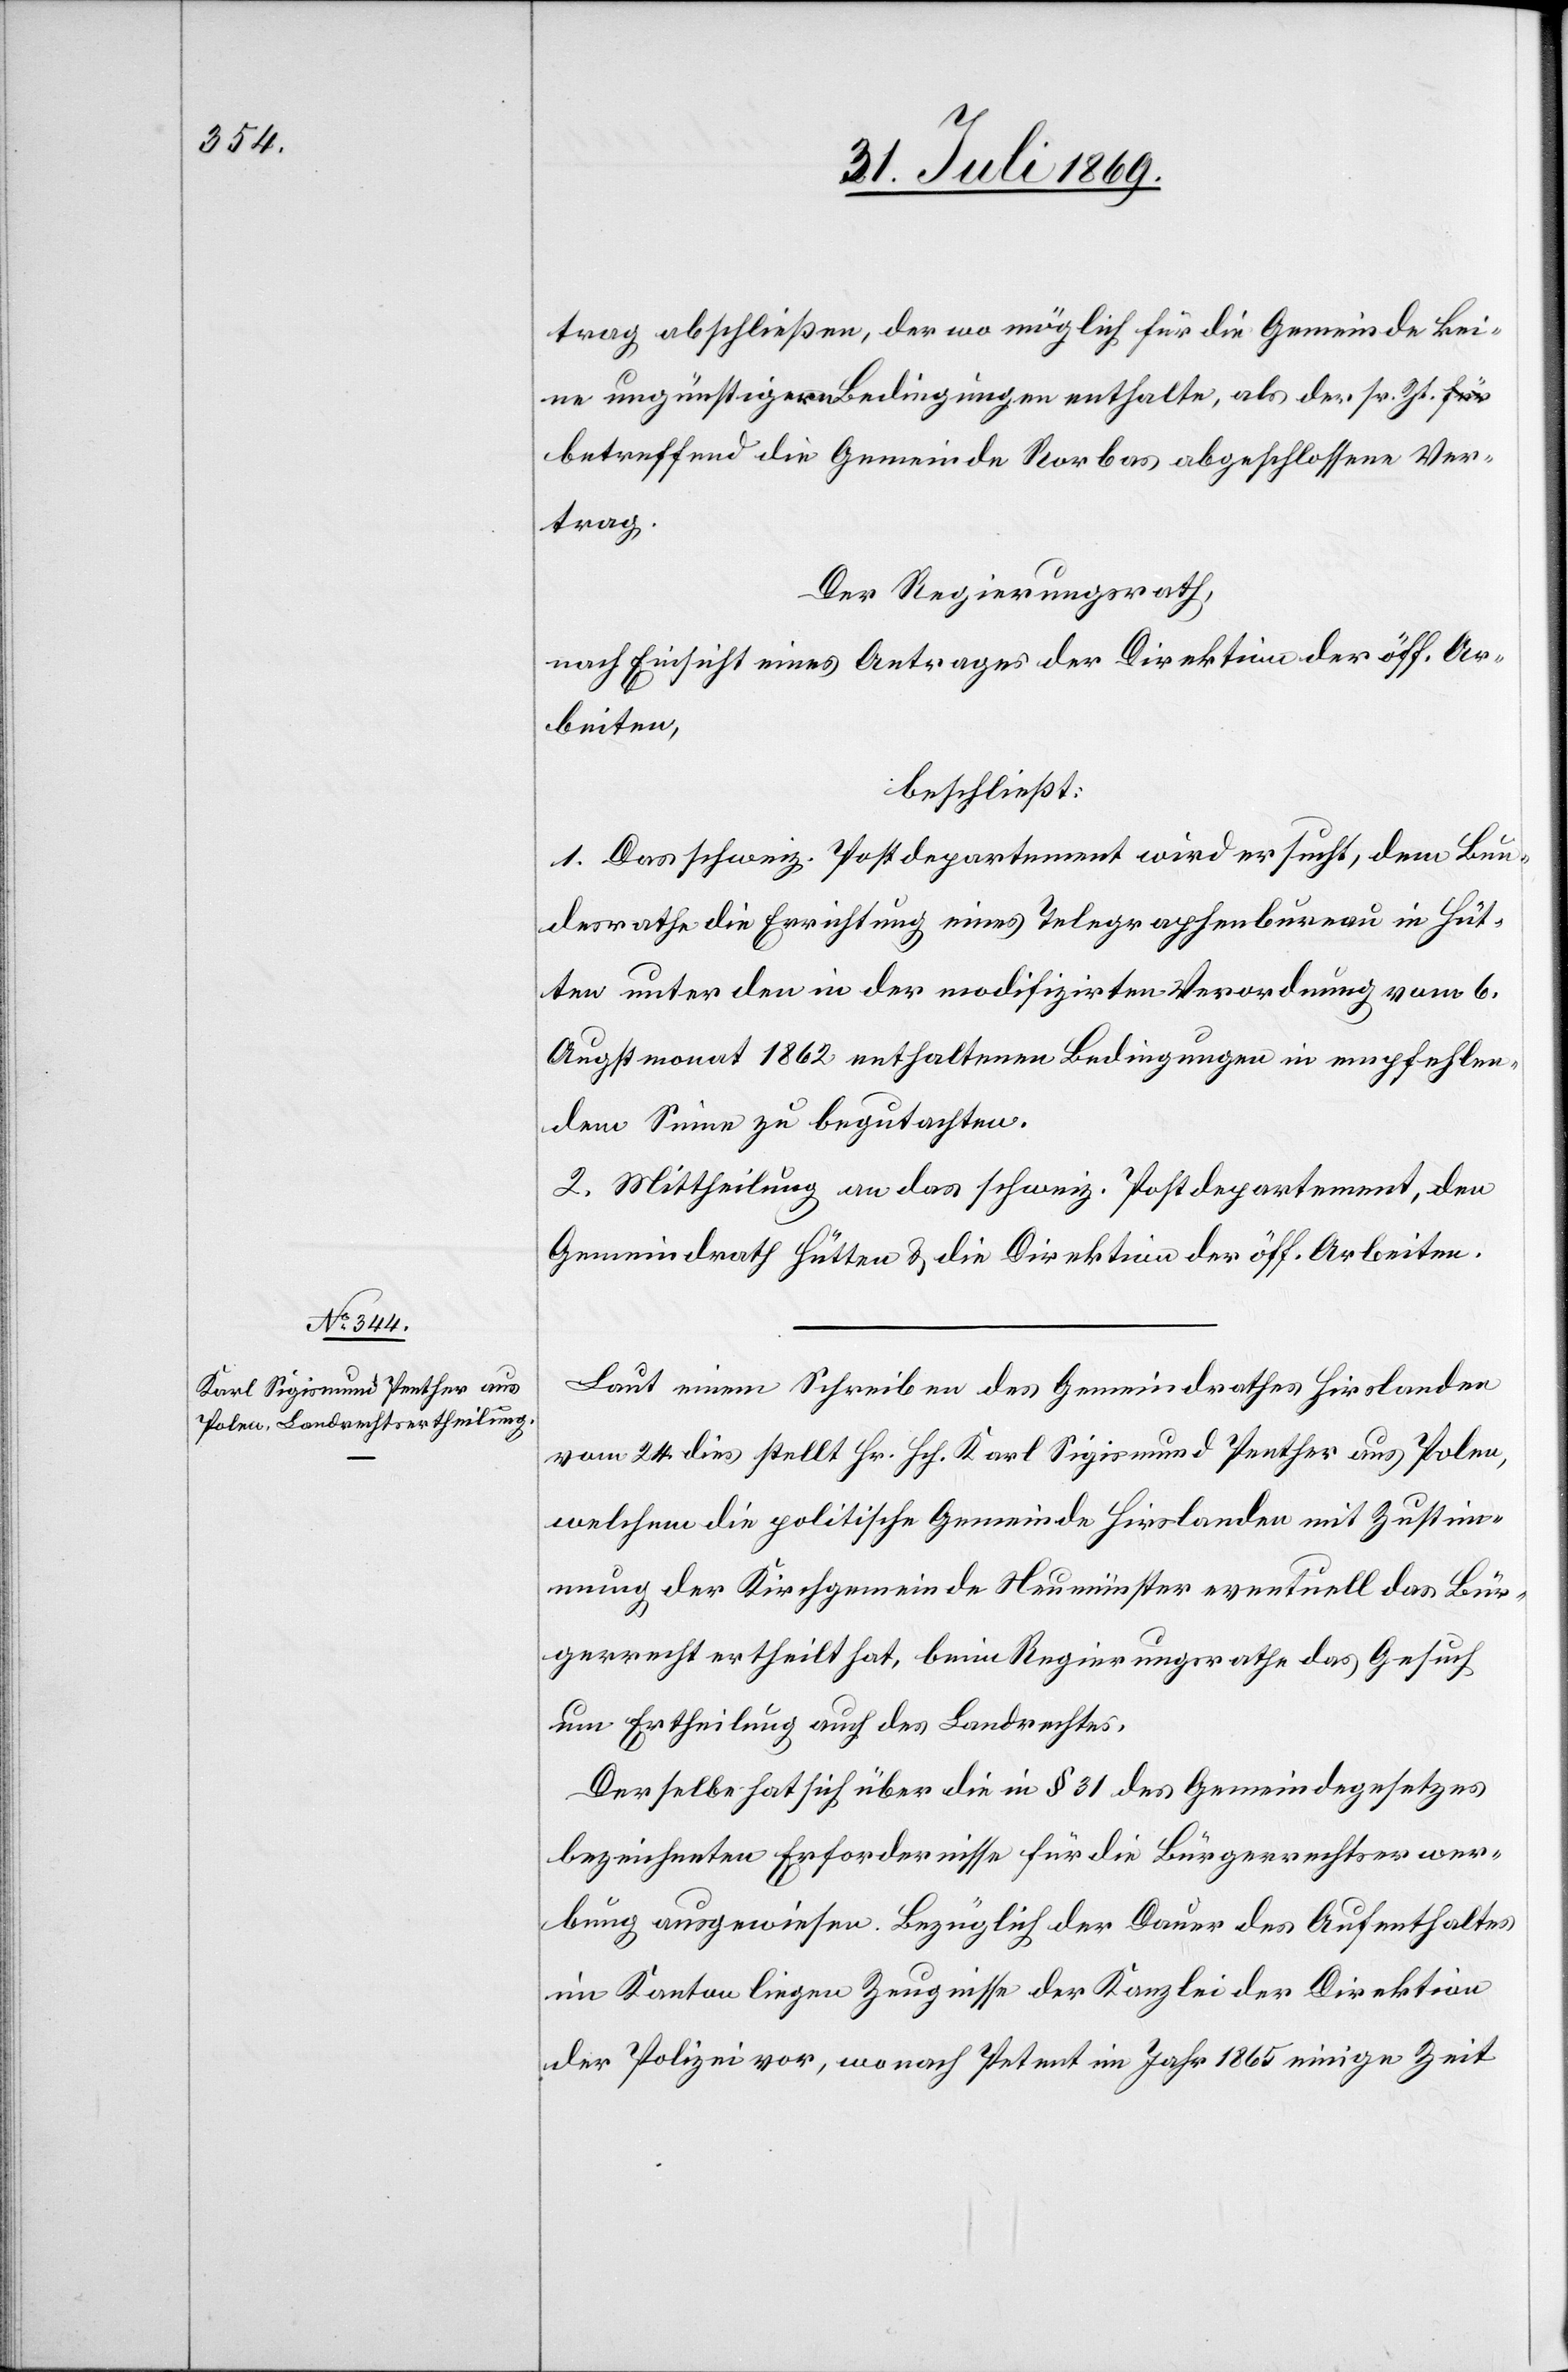
trag abschließen, der wo möglich für die Gemeinde kei¬
ne ungünstigeren Bedingungen enthalte, als der sr. Zt.
betreffend die Gemeinde Rorbas abgeschlossene Ver¬
trag.
Der Regierungsrath,
nach Einsicht eines Antrages der Direktion der öff. Ar¬
beiten,
beschließt:
1. Das schweiz. Postdepartement wird ersucht, dem Bun¬
desrathe die Errichtung eines Telegraphenbureau in Hüt¬
ten unter den in der modizifirten Verordnung vom 6.
Augstmonat 1862 enthaltenen Bedingungen in empfehlen¬
dem Sinne zu begutachten.
2. Mittheilung an das schweiz. Postdepartement, den
Gemeindrath Hütten u. die Direktion der öff. Arbeiten.
Laut einem Schreiben des Gemeindrathes Hirslanden
vom 24 dies stellt Hr. Hch. Karl Sigismund Penther aus Polen,
welchem die politische Gemeinde Hirslanden mit Zustim¬
mung der Kirchgemeinde Neumünster eventuell das Bür¬
gerrecht ertheilt hat, beim Regierungsrathe das Gesuch
um Ertheilung auch des Landrechtes.
Derselbe hat sich über die in § 31 des Gemeindegesetzes
bezeichneten Erfordernisse für die Bürgerrechtserwer¬
bung ausgewiesen. Bezüglich der Dauer des Aufenthaltes
im Kanton liegen Zeugnisse der Kanzlei der Direktion
der Polizei vor, wonach Petent im Jahr 1865 einige Zeit